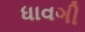
ધાવગી